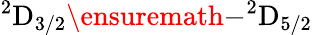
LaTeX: {^{2}\mathrm{D}}_{3/2}\ensuremath{-}{^{2}\mathrm{D}}_{5/2}